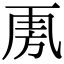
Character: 𣃪